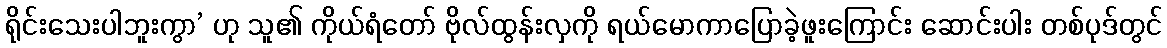
ရိုင်းသေးပါဘူးကွာ’ ဟု သူ၏ ကိုယ်ရံတော် ဗိုလ်ထွန်းလှကို ရယ်မောကာပြောခဲ့ဖူးကြောင်း ဆောင်းပါး တစ်ပုဒ်တွင်